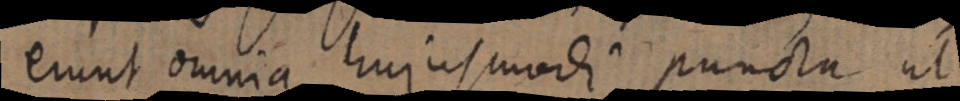
erunt omnia hujus modi puncta ut